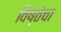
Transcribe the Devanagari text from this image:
विष्ठेचा